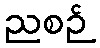
ညစဉ်